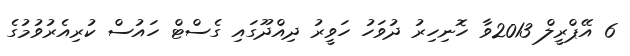
6 އޭޕްރީލް 2013ވާ ހޮނިހިރު ދުވަހު ހަވީރު ދިއްދޫގައި ގެސްޓް ހައުސް ކުރިއެރުވުމުގެ